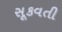
સૂકવતી